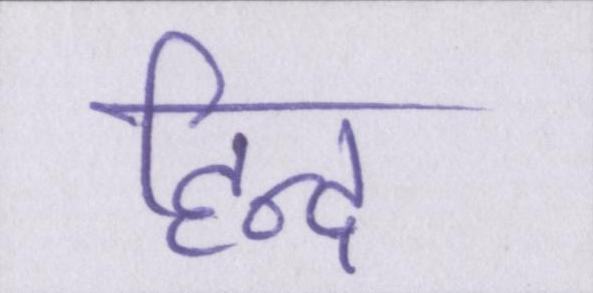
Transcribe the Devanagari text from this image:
हिन्द